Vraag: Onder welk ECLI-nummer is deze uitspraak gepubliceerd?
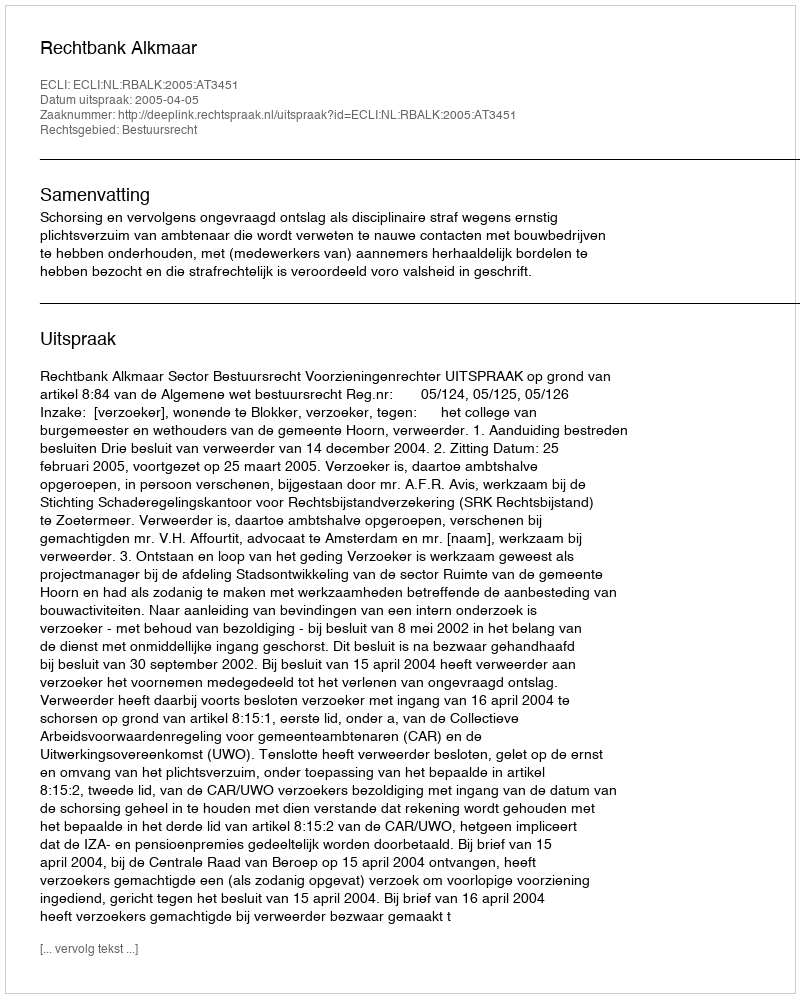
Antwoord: ECLI:NL:RBALK:2005:AT3451